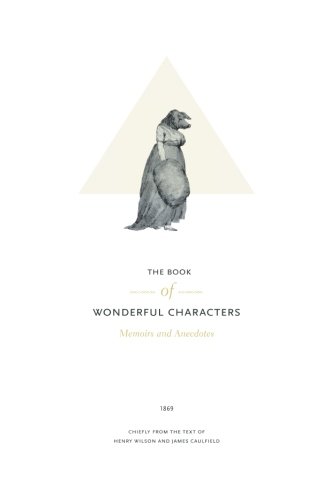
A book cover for The Book of Wonderful Characters: Memoirs and Anecdotes of Remarkable and Eccentric Persons in All Ages and Countries [1869 ]; Henry Wilson; Literature & Fiction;